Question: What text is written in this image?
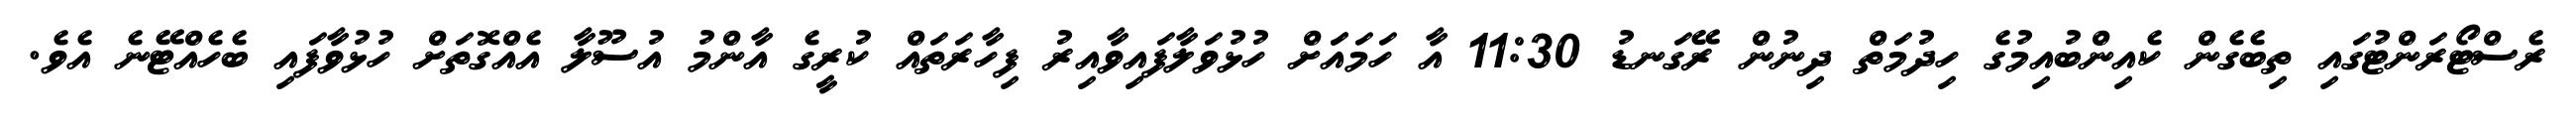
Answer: ރެސްޓޯރަންޓުގައި ތިބެގެން ކެއިންބުއިމުގެ ހިދުމަތް ދިނުން ރޭގަނޑު 11:30 އާ ހަމައަަށް ހުޅުވަލާފައިވާއިރު ފިހާރަތައް ކުރީގެ އާންމު އުސޫލާ އެއްގޮތަށް ހުޅުވާފައި ބެހެއްޓޭނެ އެވެ.